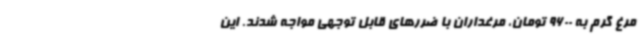
مرغ گرم به 9600 تومان، مرغداران با ضررهای قابل توجهی مواجه شدند. این